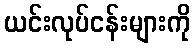
ယင်းလုပ်ငန်းများကို